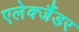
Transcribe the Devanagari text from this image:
एलेक्जैंडर